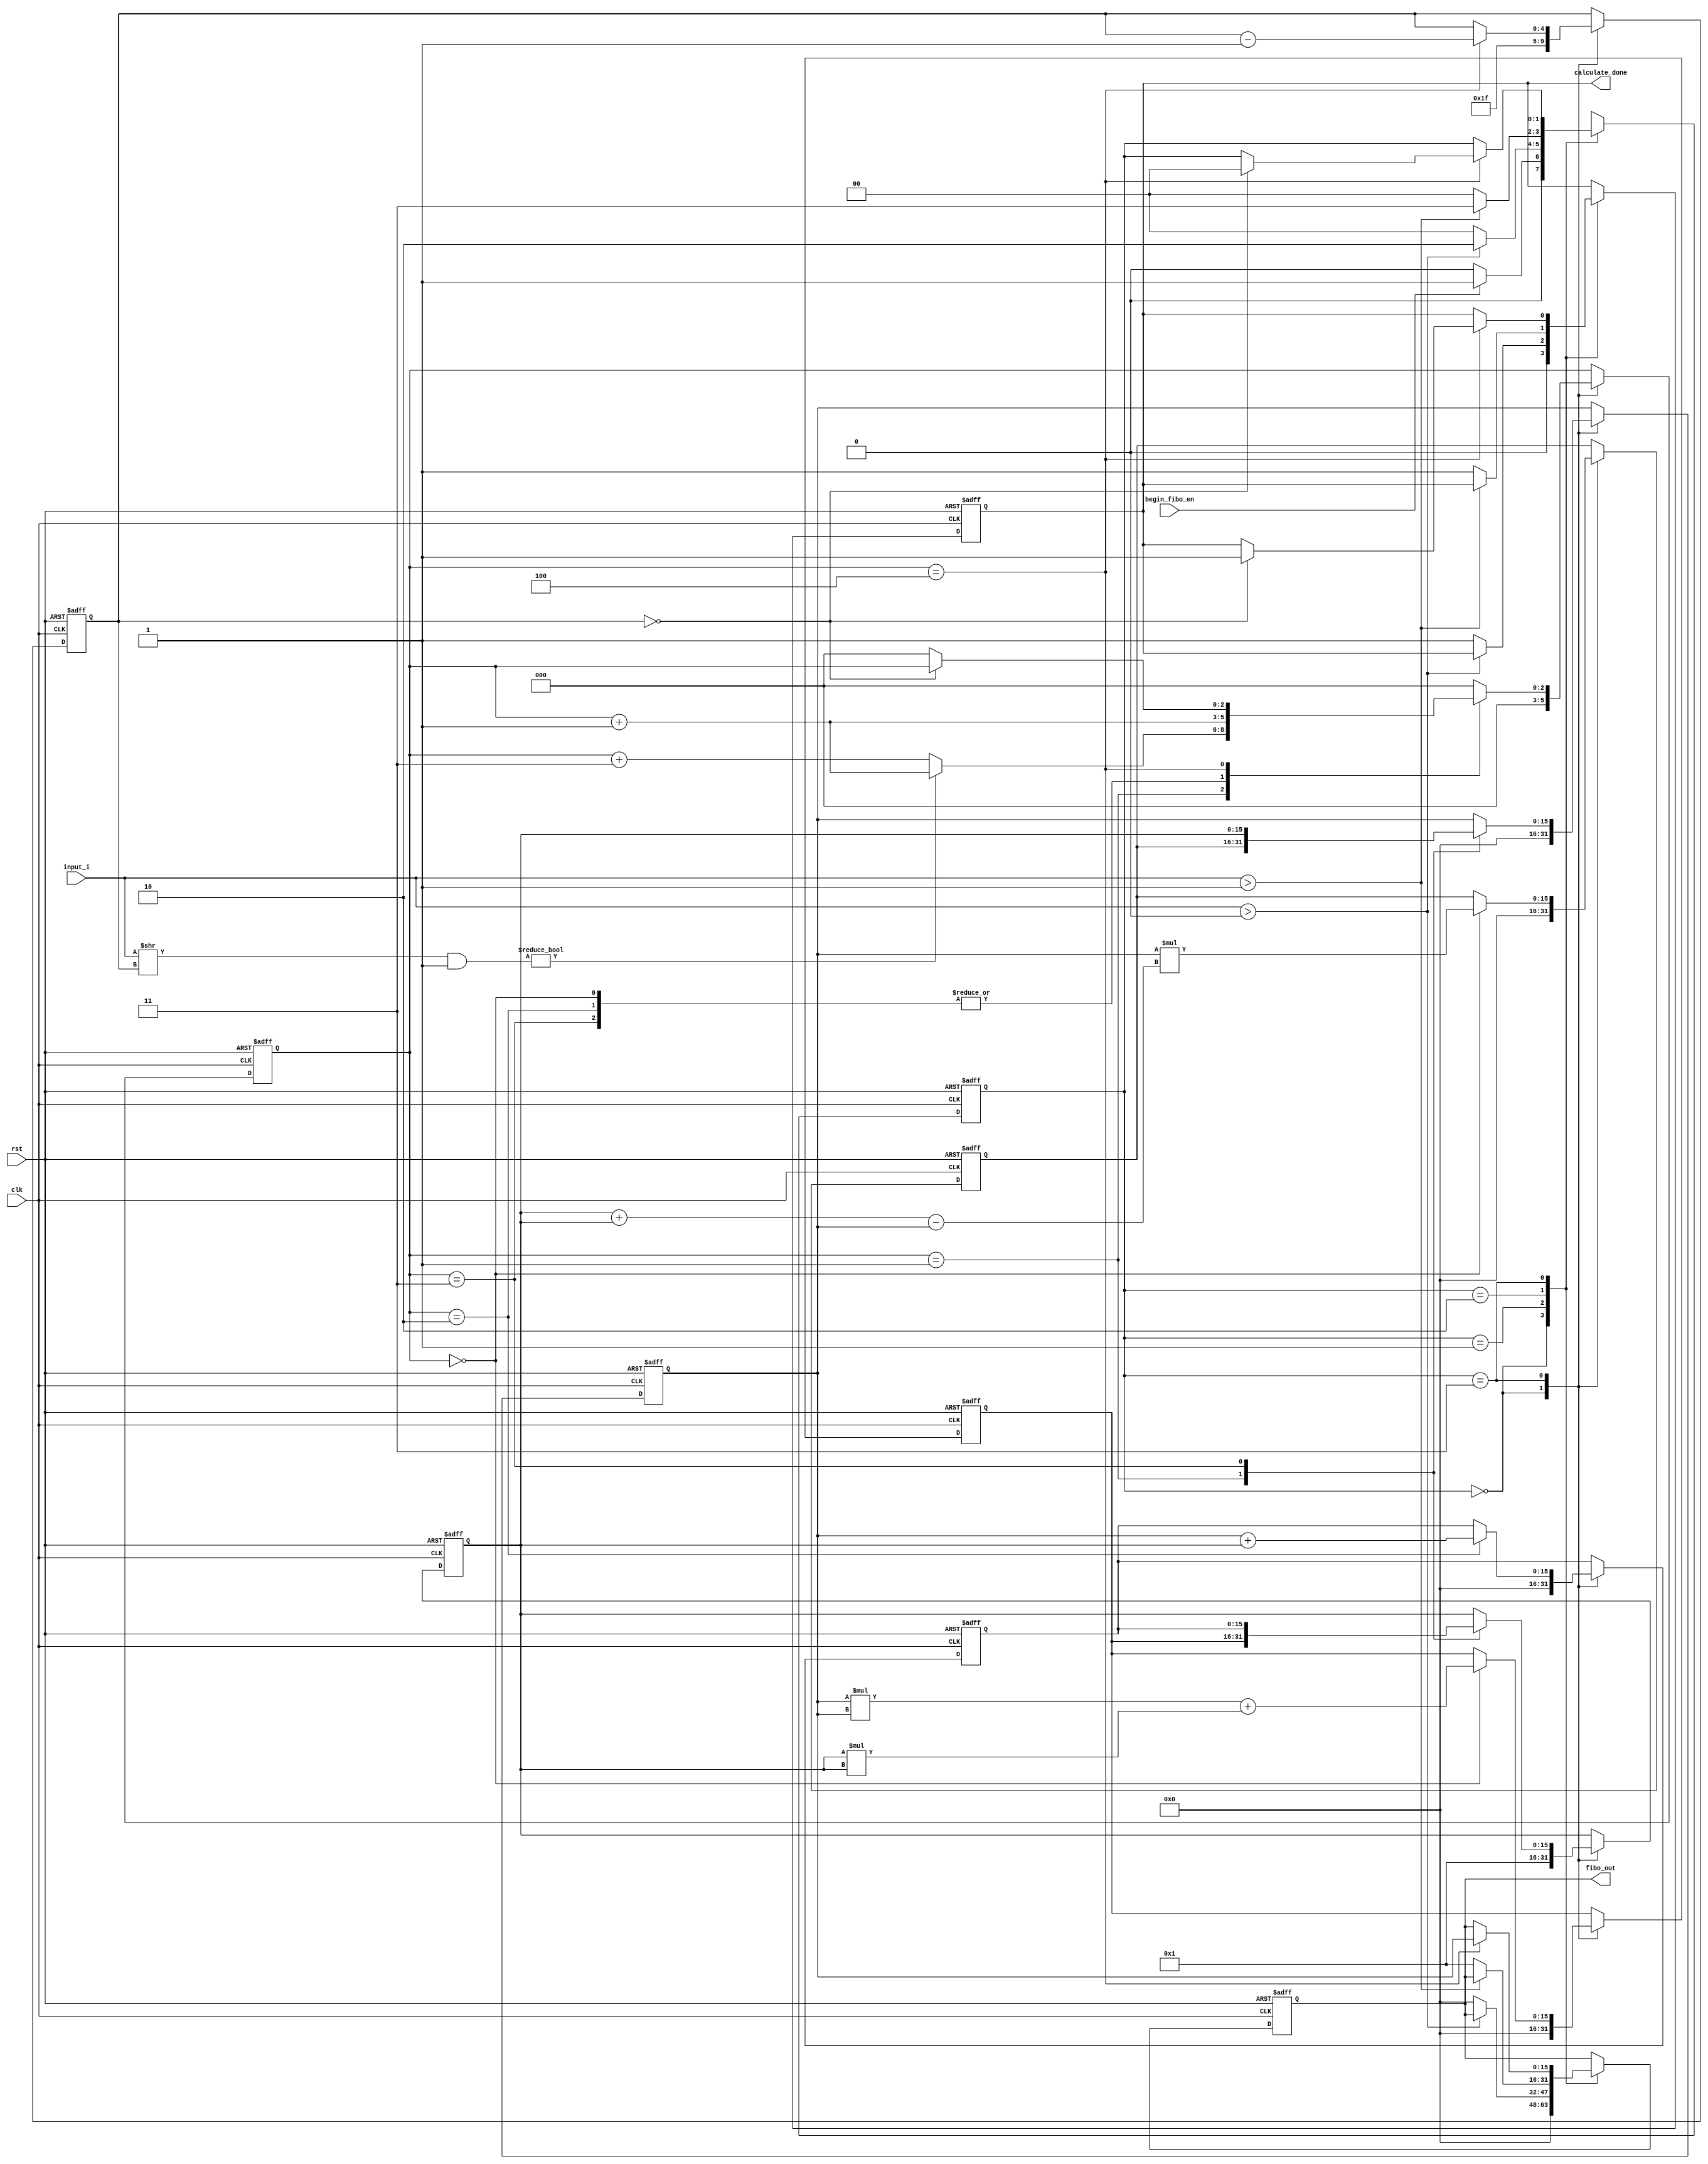
module calculate_fibonacci(clk,rst,begin_fibo_en,input_i,fibo_out,calculate_done);
   input clk;
	input rst;
	input begin_fibo_en;
	input [9:0]input_i;
	output reg [15:0] fibo_out;
	output reg calculate_done;
	
	reg [15:0] a ; 
	reg [15:0] b ;
	reg [15:0] c ;
	reg [15:0] d ;
	reg [15:0] e ;
	reg [4:0] counter; 
	reg [2:0] flow_cnt;   //
	
	reg [1:0] STATE;
	parameter IDLE_STATE=3'b00, CASE_ZERO=3'b01, CASE_ONE=3'b10, CALCULATE=3'b11;
   always @ (posedge clk or negedge rst) begin   //fibonacci
		if (!rst)
			begin
			  fibo_out <= 0;
			  a <= 1'b0;
			  b <= 1'b1;
			  c <= 0;
			  d <= 0;
			  e <= 0;
			  flow_cnt<=0;
			  counter <= 5'd31;
			  calculate_done = 1'b0;
			  STATE <= IDLE_STATE;
			end
		 else
			begin
			case (STATE)
				IDLE_STATE: begin
				              fibo_out <= 1'b0;
			                 a <= 1'b0;
			                 b <= 1'b1;
			                 c <= 0;
			                 d <= 0;
			                 e <= 0;
			                 flow_cnt<=0;
			                 counter <= 5'd31;
				              calculate_done <= 1'b0;
								if(begin_fibo_en == 1)	
									STATE <= CASE_ZERO;
								else
									STATE <= IDLE_STATE;
								end    
					 
				CASE_ZERO: 	begin
								  if(input_i > 0)
									   STATE <= CASE_ONE;
								  else
									  begin
									   fibo_out <= 0;
									   STATE <= IDLE_STATE;
									   calculate_done<=1'b1;
									end
								end
					 
				CASE_ONE: 	begin
								if(input_i > 1)
									STATE <= CALCULATE ;
								else
									begin
									fibo_out <= 1;
									calculate_done<=1'b1;
									STATE = IDLE_STATE;
									end
								end
				CALCULATE: begin
				            case(flow_cnt)
								  3'd0: begin
								          d <= a * (b + b - a);
											 e <= a * a + b * b;
											 flow_cnt<=flow_cnt+1;
										  end
								  3'd1: begin
								           a <= d;
											  b <= e;
											  if(((input_i >> counter) & 1)!=0)
											      flow_cnt<=flow_cnt+1;
											  else
											      flow_cnt<=flow_cnt+3;
										   end 	
									3'd2: begin
									         c <= a + b;
												flow_cnt<=flow_cnt+1;
											end 
									3'd3: begin
									        a <= b;
											  b <= c;
											  flow_cnt<=flow_cnt+1;
											end 
									3'd4: begin
									        fibo_out <= a;
											  counter<=counter-1;
											  if(counter==0)
											     begin
												    calculate_done<=1;
													 STATE <= IDLE_STATE;
												  end 
											  else
											     flow_cnt<=0;
											end
											
									default: flow_cnt<=0;
										
								endcase
							 end 
			      endcase
			  end
     end
endmodule